Indian journal of veterinary science and animal husbandry - Volume 10,
Year: 1940
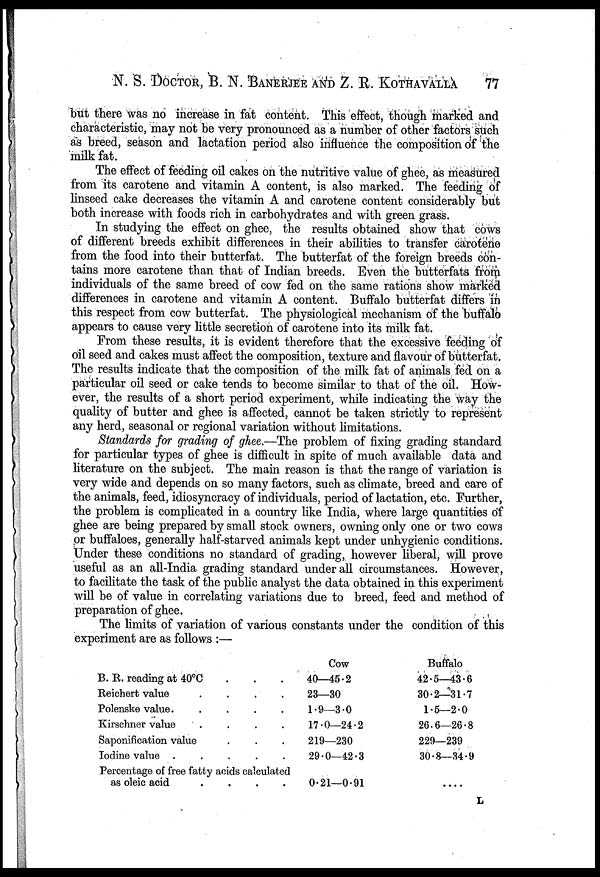
N. S. DOCTOR, B. N. BANERJEE AND Z. R. KOTHAVALLA 77
but there was no increase in fat content. This effect, though marked and
characteristic, may not be very pronounced as a number of other factors such
as breed, season and lactation period also influence the composition of the
milk fat.
The effect of feeding oil cakes on the nutritive value of ghee, as measured
from its carotene and vitamin A content, is also marked. The feeding of
linseed cake decreases the vitamin A and carotene content considerably but
both increase with foods rich in carbohydrates and with green grass.
In studying the effect on ghee, the results obtained show that cows
of different breeds exhibit differences in their abilities to transfer carotene
from the food into their butterfat. The butterfat of the foreign breeds con-
tains more carotene than that of Indian breeds. Even the butterfats from
individuals of the same breed of cow fed on the same rations show marked
differences in carotene and vitamin A content. Buffalo butterfat differs in
this respect from cow butterfat. The physiological mechanism of the buffalo
appears to cause very little secretion of carotene into its milk fat.
From these results, it is evident therefore that the excessive feeding of
oil seed and cakes must affect the composition, texture and flavour of butterfat.
The results indicate that the composition of the milk fat of animals fed on a
particular oil seed or cake tends to become similar to that of the oil. How-
ever, the results of a short period experiment, while indicating the way the
quality of butter and ghee is affected, cannot be taken strictly to represent
any herd, seasonal or regional variation without limitations.
Standards for grading of ghee.—The problem of fixing grading standard
for particular types of ghee is difficult in spite of much available data and
literature on the subject. The main reason is that the range of variation is
very wide and depends on so many factors, such as climate, breed and care of
the animals, feed, idiosyncracy of individuals, period of lactation, etc. Further,
the problem is complicated in a country like India, where large quantities of
ghee are being prepared by small stock owners, owning only one or two cows
or buffaloes, generally half-starved animals kept under unhygienic conditions.
Under these conditions no standard of grading, however liberal, will prove
useful as an all-India grading standard under all circumstances. However,
to facilitate the task of the public analyst the data obtained in this experiment
will be of value in correlating variations due to breed, feed and method of
preparation of ghee.
The limits of variation of various constants under the condition of this
experiment are as follows :—
B. R. reading at 40°C...
Reichert value
....
Polenske value
....
Kirschner value
....
Saponification value . ...
Iodine value
.....
Percentage of free fatty acids calculated
as oleic acid
....
Cow
40—45.2
23—30
1.9—3.0
17.0—24.2
219—230
29.0—42.3
0.21—0.91
Buffalo
42.5—43.6
30.2—31.7
1.5—2.0
26.6—26.8
229—239
30.8—34.9
....
L